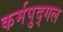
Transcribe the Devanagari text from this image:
कर्मपुद्गल